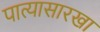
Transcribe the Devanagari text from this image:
पात्यासारखा